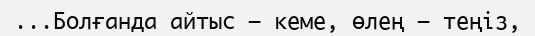
...Болғанда айтыс – кеме, өлең – теңіз,